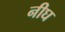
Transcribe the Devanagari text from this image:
नीघ